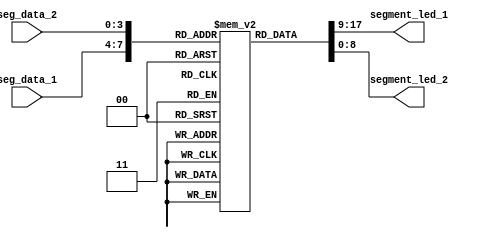
module Segment_led
(
input  [3:0] seg_data_1,  //seg_data input
input  [3:0] seg_data_2,  //seg_data input
output [8:0] segment_led_1,  //MSB~LSB = SEG,DP,G,F,E,D,C,B,A
output [8:0] segment_led_2   //MSB~LSB = SEG,DP,G,F,E,D,C,B,A
);

reg[8:0] seg [9:0];
initial 
    begin
        seg[0] = 9'h3f;   //  0
        seg[1] = 9'h06;   //  1
        seg[2] = 9'h5b;   //  2
        seg[3] = 9'h4f;   //  3
        seg[4] = 9'h66;   //  4
        seg[5] = 9'h6d;   //  5
        seg[6] = 9'h7d;   //  6
        seg[7] = 9'h07;   //  7
        seg[8] = 9'h7f;   //  8
        seg[9] = 9'h6f;   //  9
    end

assign segment_led_1 = seg[seg_data_1];
assign segment_led_2 = seg[seg_data_2];

endmodule